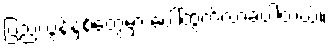
ပြည့်လွန်နှစ်တွေမှာ ပေါ်ထွက်လာခဲ့ပါတယ်။